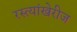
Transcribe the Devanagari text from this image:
रस्त्यांखेरीज